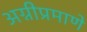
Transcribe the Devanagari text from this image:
अग्नीप्रमाणे